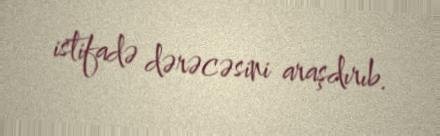
istifadə dərəcəsini araşdırıb.